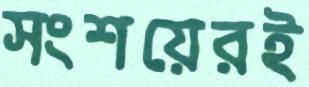
সংশয়েরই